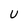
Character: U